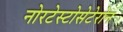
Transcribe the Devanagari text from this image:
नोरटेस्टोसेटेरोन